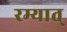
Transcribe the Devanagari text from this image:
रम्यात्